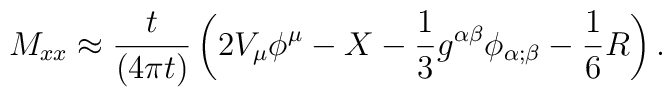
M_{xx} \approx {t\over {\left( 4 \pi t \right) }}\left(       2 V_\mu \phi^\mu -X -{1\over 3} g^{\alpha  \beta} \phi_{\alpha ;\beta}       - {1\over 6} R\right).